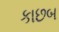
કાછબ